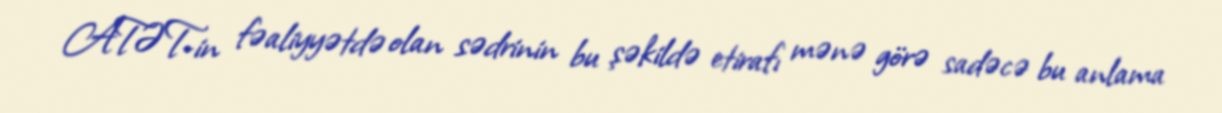
ATƏT-in fəaliyyətdə olan sədrinin bu şəkildə etirafı mənə görə sadəcə bu anlama